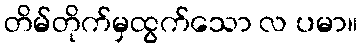
တိမ်တိုက်မှထွက်သော လ ပမာ။